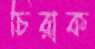
চিরাক